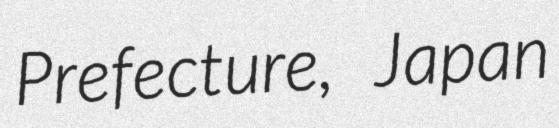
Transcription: Prefecture, Japan